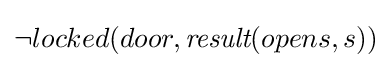
\neg locked(door,{\textit {result}}(opens,s))